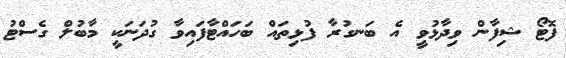
ފޮޓޯ ޝިފާން ވިދާޅުވީ އެ ބަނގުރާ ފުޅިތައް ބަހައްޓާފައިވާ ގުދަނަކީ މާބުލް ގެސްޓު